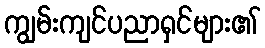
ကျွမ်းကျင်ပညာရှင်များ၏